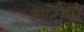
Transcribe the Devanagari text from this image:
आटोपरे